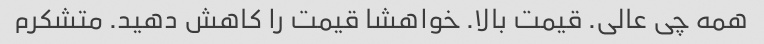
همه چی عالی. قیمت بالا. خواهشا قیمت را کاهش دهید. متشکرم